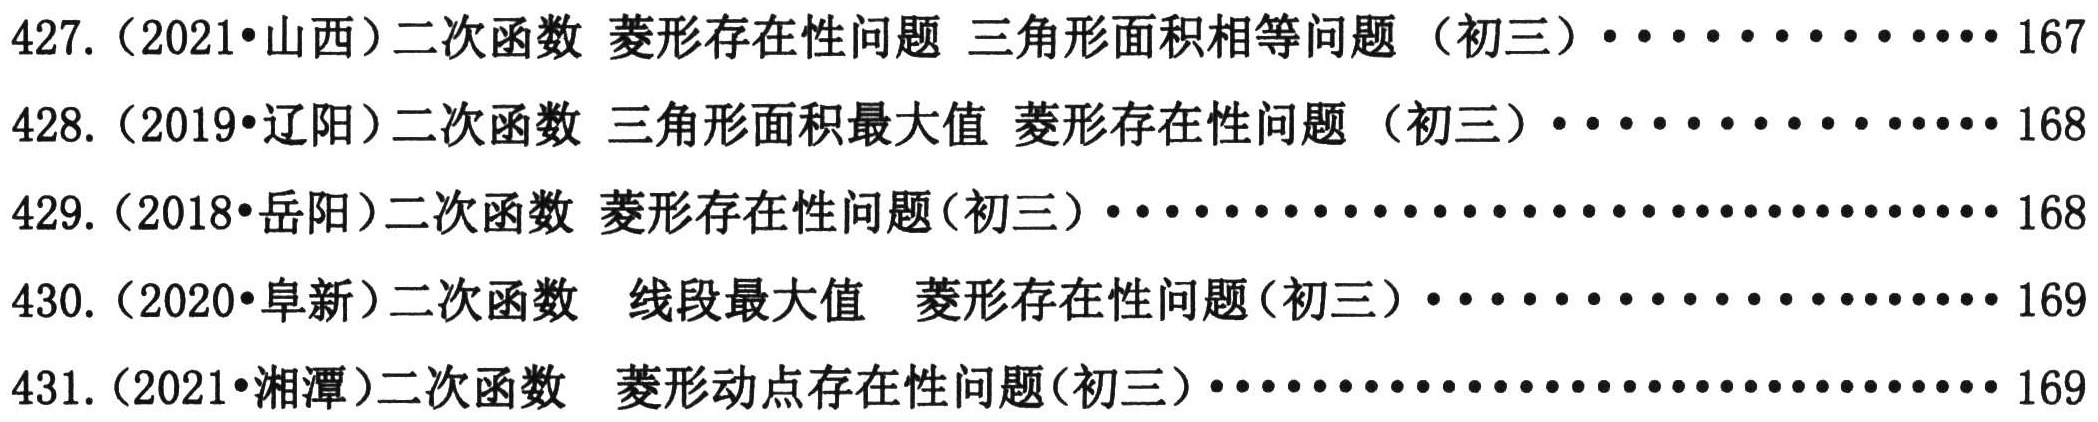
427.（2021•山西）二次函数 菱形存在性问题 三角形面积相等问题（初三）··············167
428.（2019•辽阳）二次函数 三角形面积最大值 菱形存在性问题（初三）··············168
429.（2018•岳阳）二次函数 菱形存在性问题(初三）··································168
430.（2020•阜新）二次函数  线段最大值  菱形存在性问题（初三）··················169
431.（2021•湘潭）二次函数  菱形动点存在性问题(初三）······························169